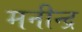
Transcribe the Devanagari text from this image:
मनीन्द्र